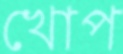
খোপ